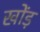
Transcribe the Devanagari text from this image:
खोंड़